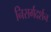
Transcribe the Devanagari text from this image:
निसर्गदर्शन